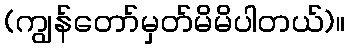
(ကျွန်တော်မှတ်မိမိပါတယ်)။